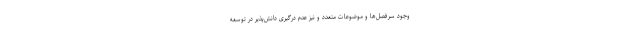
وجود سرفصل‌ها و موضوعات متعدد و نیز عدم درگیری دانش‌پذیر در توسعه